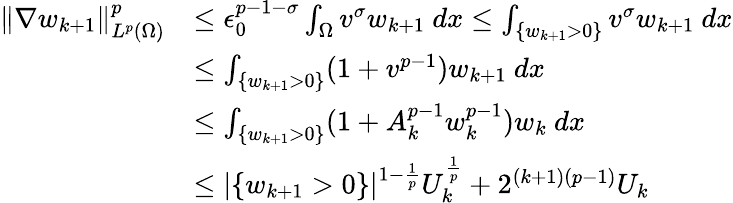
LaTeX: \begin{array}{rl}{\| \nabla w_{k+1}\| _{L^{p}(\Omega)}^{p}}&{\leq\epsilon_{0}^{p-1-\sigma}\int_{\Omega}v^{\sigma}w_{k+1}\ dx\leq\int_{\{ w_{k+1}>0\} }v^{\sigma}w_{k+1}\ dx}\\ &{\leq\int_{\{ w_{k+1}>0\} }(1+v^{p-1})w_{k+1}\ dx}\\ &{\leq\int_{\{ w_{k+1}>0\} }(1+A_{k}^{p-1}w_{k}^{p-1})w_{k}\ dx}\\ &{\leq|\{ w_{k+1}>0\} |^{1-\frac{1}{p}}U_{k}^{\frac{1}{p}}+2^{(k+1)(p-1)}U_{k}}\end{array}